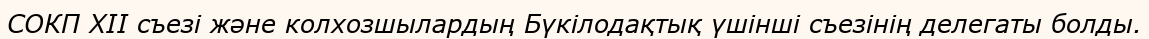
СОКП XII съезі және колхозшылардың Бүкілодақтық үшінші съезінің делегаты болды.